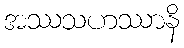
အဿသဟဿာနိ